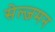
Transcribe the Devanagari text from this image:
सेल्ज़मन